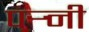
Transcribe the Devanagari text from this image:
पर्‍नी